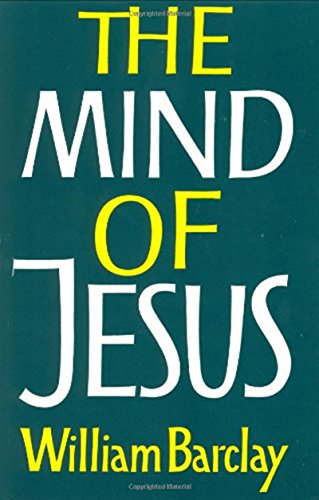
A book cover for The Mind of Jesus; William Barclay; Christian Books & Bibles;